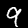
Digit: 9